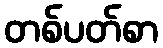
တစ်ပတ်စာ